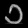
Digit: ၁